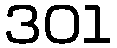
301